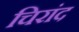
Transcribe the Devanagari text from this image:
चिरांद